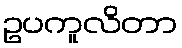
ဥပကူလိတာ